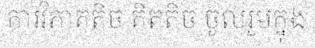
ការវិភាគតិច គិតតិច ចូលរួមក្នុង